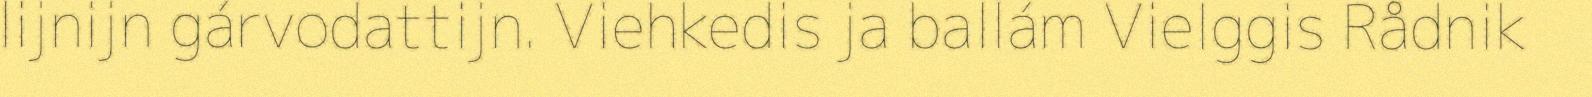
lijnijn gárvodattijn. Viehkedis ja ballám Vielggis Rådnik